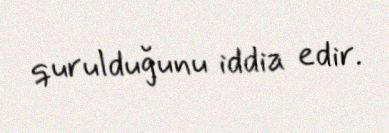
qurulduğunu iddia edir.